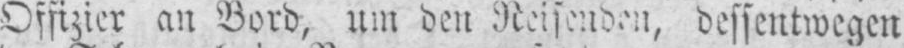
Offizier an Bord, um den Reisenden, dessentwegen